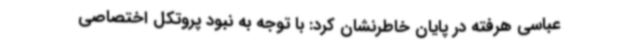
عباسی هرفته در پایان خاطرنشان کرد: با توجه به نبود پروتکل اختصاصی